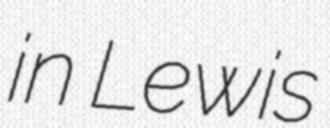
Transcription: in Lewis